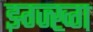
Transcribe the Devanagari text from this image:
झ्ग्ज्ख्ग